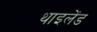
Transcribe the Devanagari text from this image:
थाइलेंड